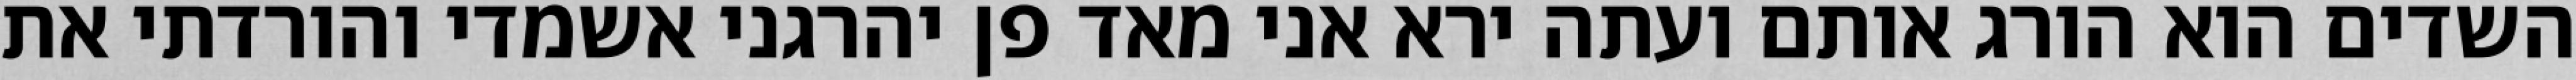
השדים הוא הורג אותם ועתה ירא אני מאד פן יהרגני אשמדי והורדתי את